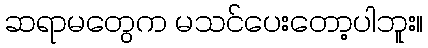
ဆရာမတွေက မသင်ပေးတော့ပါဘူး။